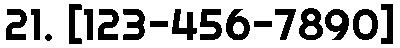
21. [123-456-7890]